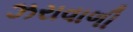
ઝરાવાળી